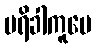
ပရိခါကူပေ